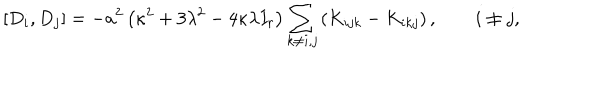
\left[ D _ { i } , D _ { j } \right] = - a ^ { 2 } \left( \kappa ^ { 2 } + 3 \lambda ^ { 2 } - 4 \kappa \lambda I _ { r } \right) \sum _ { k \ne i , j } \left( K _ { i j k } - K _ { i k j } \right) , \qquad i \ne j ,